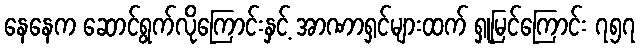
နေနေက ဆောင်ရွက်လိုကြောင်းနှင့် အာဏာရှင်များထက် ရှုမြင်ကြောင်း ၇၅၇